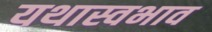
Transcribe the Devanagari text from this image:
यथास्वभाव